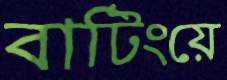
বাটিংয়ে